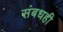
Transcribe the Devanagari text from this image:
संबधही